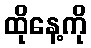
ထိုနေ့ကို